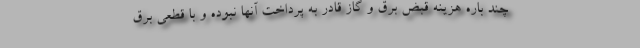
چند باره هزینه قبض برق و گاز قادر به پرداخت آنها نبوده و با قطعی برق